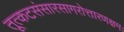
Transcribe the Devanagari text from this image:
तूत्कटसंसारसागरोत्तारणक्षमः